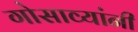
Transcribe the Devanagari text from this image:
गोसाव्यांनी